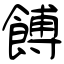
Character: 餺